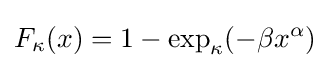
F_{\kappa }(x)=1-\exp _{\kappa }(-\beta x^{\alpha })